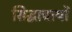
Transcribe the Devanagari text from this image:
सिद्धाचार्यों